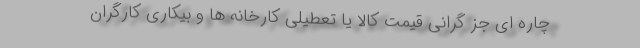
چاره ای جز گرانی قیمت کالا یا تعطیلی کارخانه ها و بیکاری کارگران